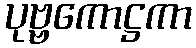
ပုဗ္ဗကောဋ္ဌကာ